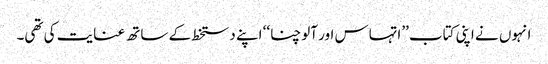
انہوں نے اپنی کتاب ’’اتہاس اور آلوچنا‘‘ اپنے دستخط کے ساتھ عنایت کی تھی۔